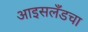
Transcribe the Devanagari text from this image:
आइसलँडचा